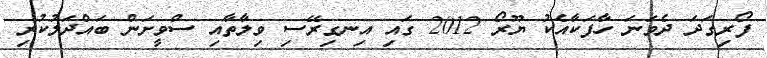
ފޯރިގަދަ ދެވަނަ ހާފަކާއެކު ޔޫރޯ 2012 ގައި އިނގިރޭސި ވިލާތާއި ސްވީށަން ބައްދަލުކުރި